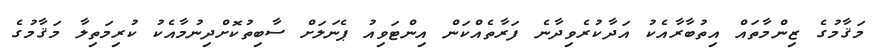
މަޤާމުގެ ޒިންމާތައް އިތުބާރާއެކު އަދާކުރެވިދާނެ ފަރާތެއްކަން އިންޓަވިއު ޕެނަލަށް ސާބިތުކޮށްދިނުމާއެކު ކުރިމަތިލާ މަޤާމުގެ